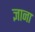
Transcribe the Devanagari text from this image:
ज्ञाना